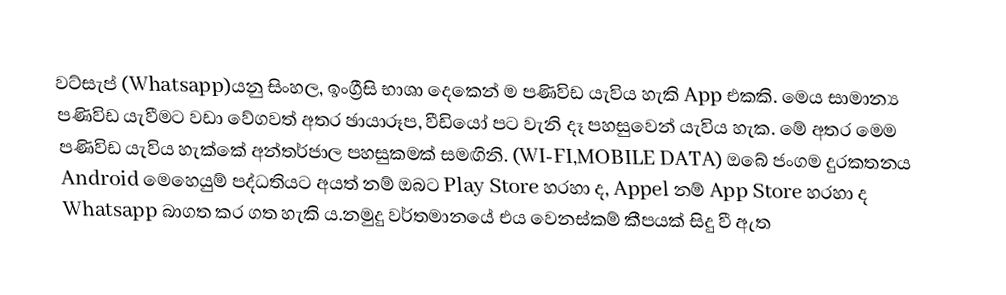
වට්සැප් (Whatsapp)යනු සිංහල, ඉංග්‍රීසි භාශා දෙකෙන් ම පණිවිඩ යැවිය හැකි App එකකි. මෙය සාමාන්‍ය පණිවිඩ යැවීමට වඩා වේගවත් අතර ඡායාරූප, වීඩියෝ පට වැනි දෑ පහසුවෙන් යැවිය හැක. මේ අතර මෙම පණිවිඩ යැවිය හැක්කේ අන්තර්ජාල පහසුකමක් සමඟිනි. (WI-FI,MOBILE DATA) ඔබේ  ජංගම දුරකතනය Android මෙහෙයුම් පද්ධතියට අයත් නම් ඔබට Play Store හරහා ද, Appel නම් App Store හරහා ද Whatsapp බාගත කර ගත හැකි ය.නමුදු වර්තමානයේ එය වෙනස්කම් කීපයක් සිදු වී ඇත